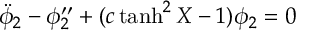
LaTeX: { \ddot { \phi } } _ { 2 } - \phi _ { 2 } ^ { \prime \prime } + ( c \operatorname { t a n h } ^ { 2 } X - 1 ) \phi _ { 2 } = 0